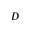
D